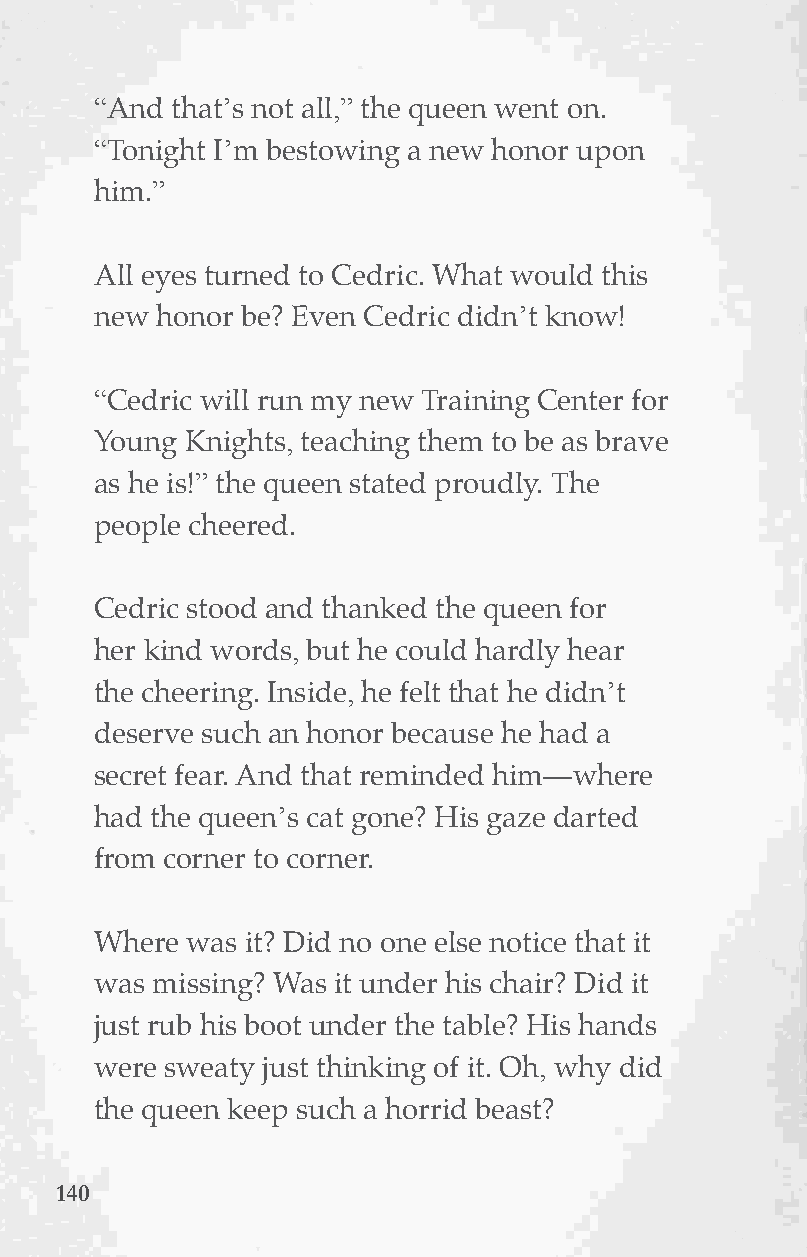
“And that’s not all,” the queen went on.
 “Tonight I’m bestowing a new honor upon
 him.”
 All eyes turned to Cedric. What would this
 new honor be? Even Cedric didn’t know!
 “Cedric will run my new Training Center for
 Young Knights, teaching them to be as brave
 as he is!” the queen stated proudly. The
 people cheered.
 Cedric stood and thanked the queen for
 her kind words, but he could hardly hear
 the cheering. Inside, he felt that he didn’t
 deserve such an honor because he had a
 secret fear. And that reminded him—where
 had theT qhuiese ins’ sC coatb gwoneeb? Hthise g Cazaet d. arted
 from corner to corner.
 Where was it? Did no one else notice that it
 was missing? Was it under his chair? Did it
 just rub his boot under the table? His hands
 were sweaty just thinking of it. Oh, why did
 the queen keep such a horrid beast?
 114400                                   140